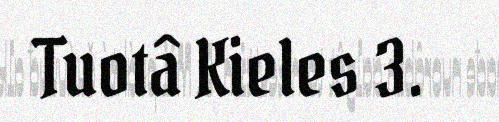
Tuotâ Kieles 3.